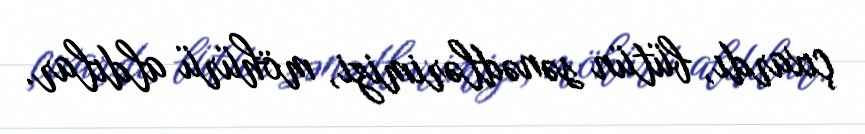
çıxardı, bütün sənədlərimizi, möhürü aldılar.